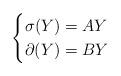
LaTeX: \begin{align*} \begin{cases} \sigma(Y)=AY \\ \partial(Y)=BY\end{cases}\end{align*}